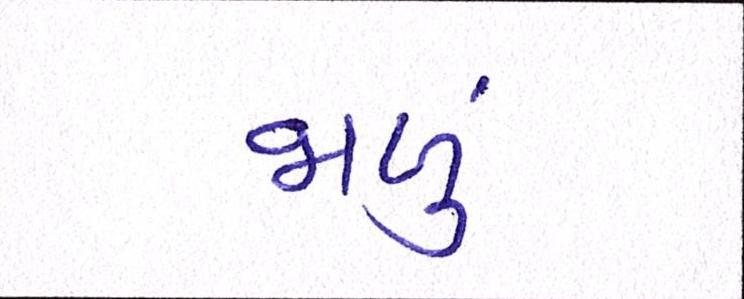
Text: જાળું